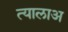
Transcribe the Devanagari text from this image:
त्यालाअ